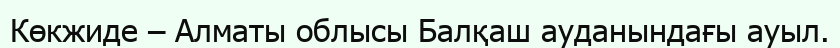
Көкжиде – Алматы облысы Балқаш ауданындағы ауыл.